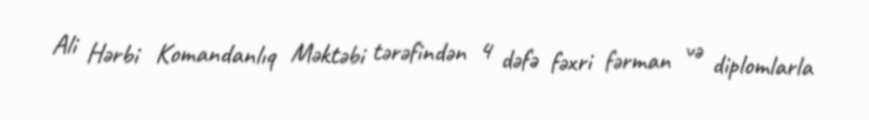
Ali Hərbi Komandanlıq Məktəbi tərəfindən 4 dəfə fəxri fərman və diplomlarla